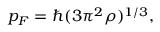
p _ { F } = \hbar ( 3 \pi ^ { 2 } \rho ) ^ { 1 / 3 } ,